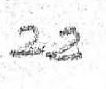
22